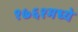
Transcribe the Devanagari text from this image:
१७६१मध्ये